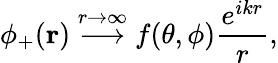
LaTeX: \phi_{+}(\mathbf{r})\; {\stackrel{r\to\infty}{\longrightarrow}}\; f(\theta,\phi){\frac{e^{ikr}}{r}},